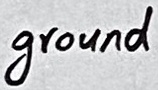
Text: ground